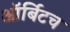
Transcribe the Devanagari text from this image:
ऑर्बिटच